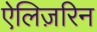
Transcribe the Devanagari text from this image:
ऐलिज़रिन